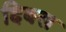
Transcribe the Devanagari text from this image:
दिबस